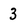
Character: 3